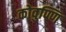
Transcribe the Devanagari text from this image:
कोवुण्णि